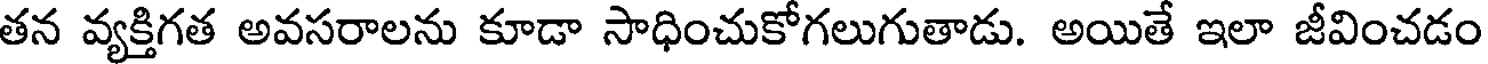
తన వ్యక్తిగత అవసరాలను కూడా సాధించుకోగలుగుతాడు. అయితే ఇలా జీవించడం